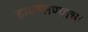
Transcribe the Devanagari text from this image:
हाकालण्याचा